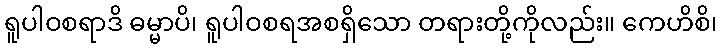
ရူပါဝစရာဒိ ဓမ္မာပိ၊ ရူပါဝစရအစရှိသော တရားတို့ကိုလည်း။ ကေဟိစိ၊